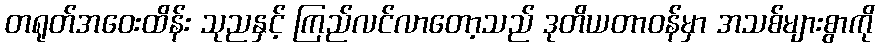
တရုတ်အဝေးထိန်း သုညနှင့် ကြည်လင်လာတော့သည် ဒုတိယတာဝန်မှာ အသစ်များစွာကို